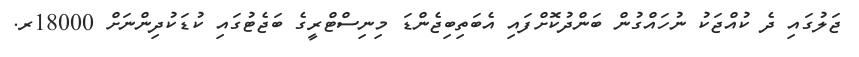
ޖަލުގައި ދެ ކުއްޖަކު ނުހައްގުން ބަންދުކޮށްފައި އެބަތިބިޖެންޑަ މިނިސްޓްރީގެ ބަޖެޓުގައި ކުޑަކުދިންނަށް 18000ރ.